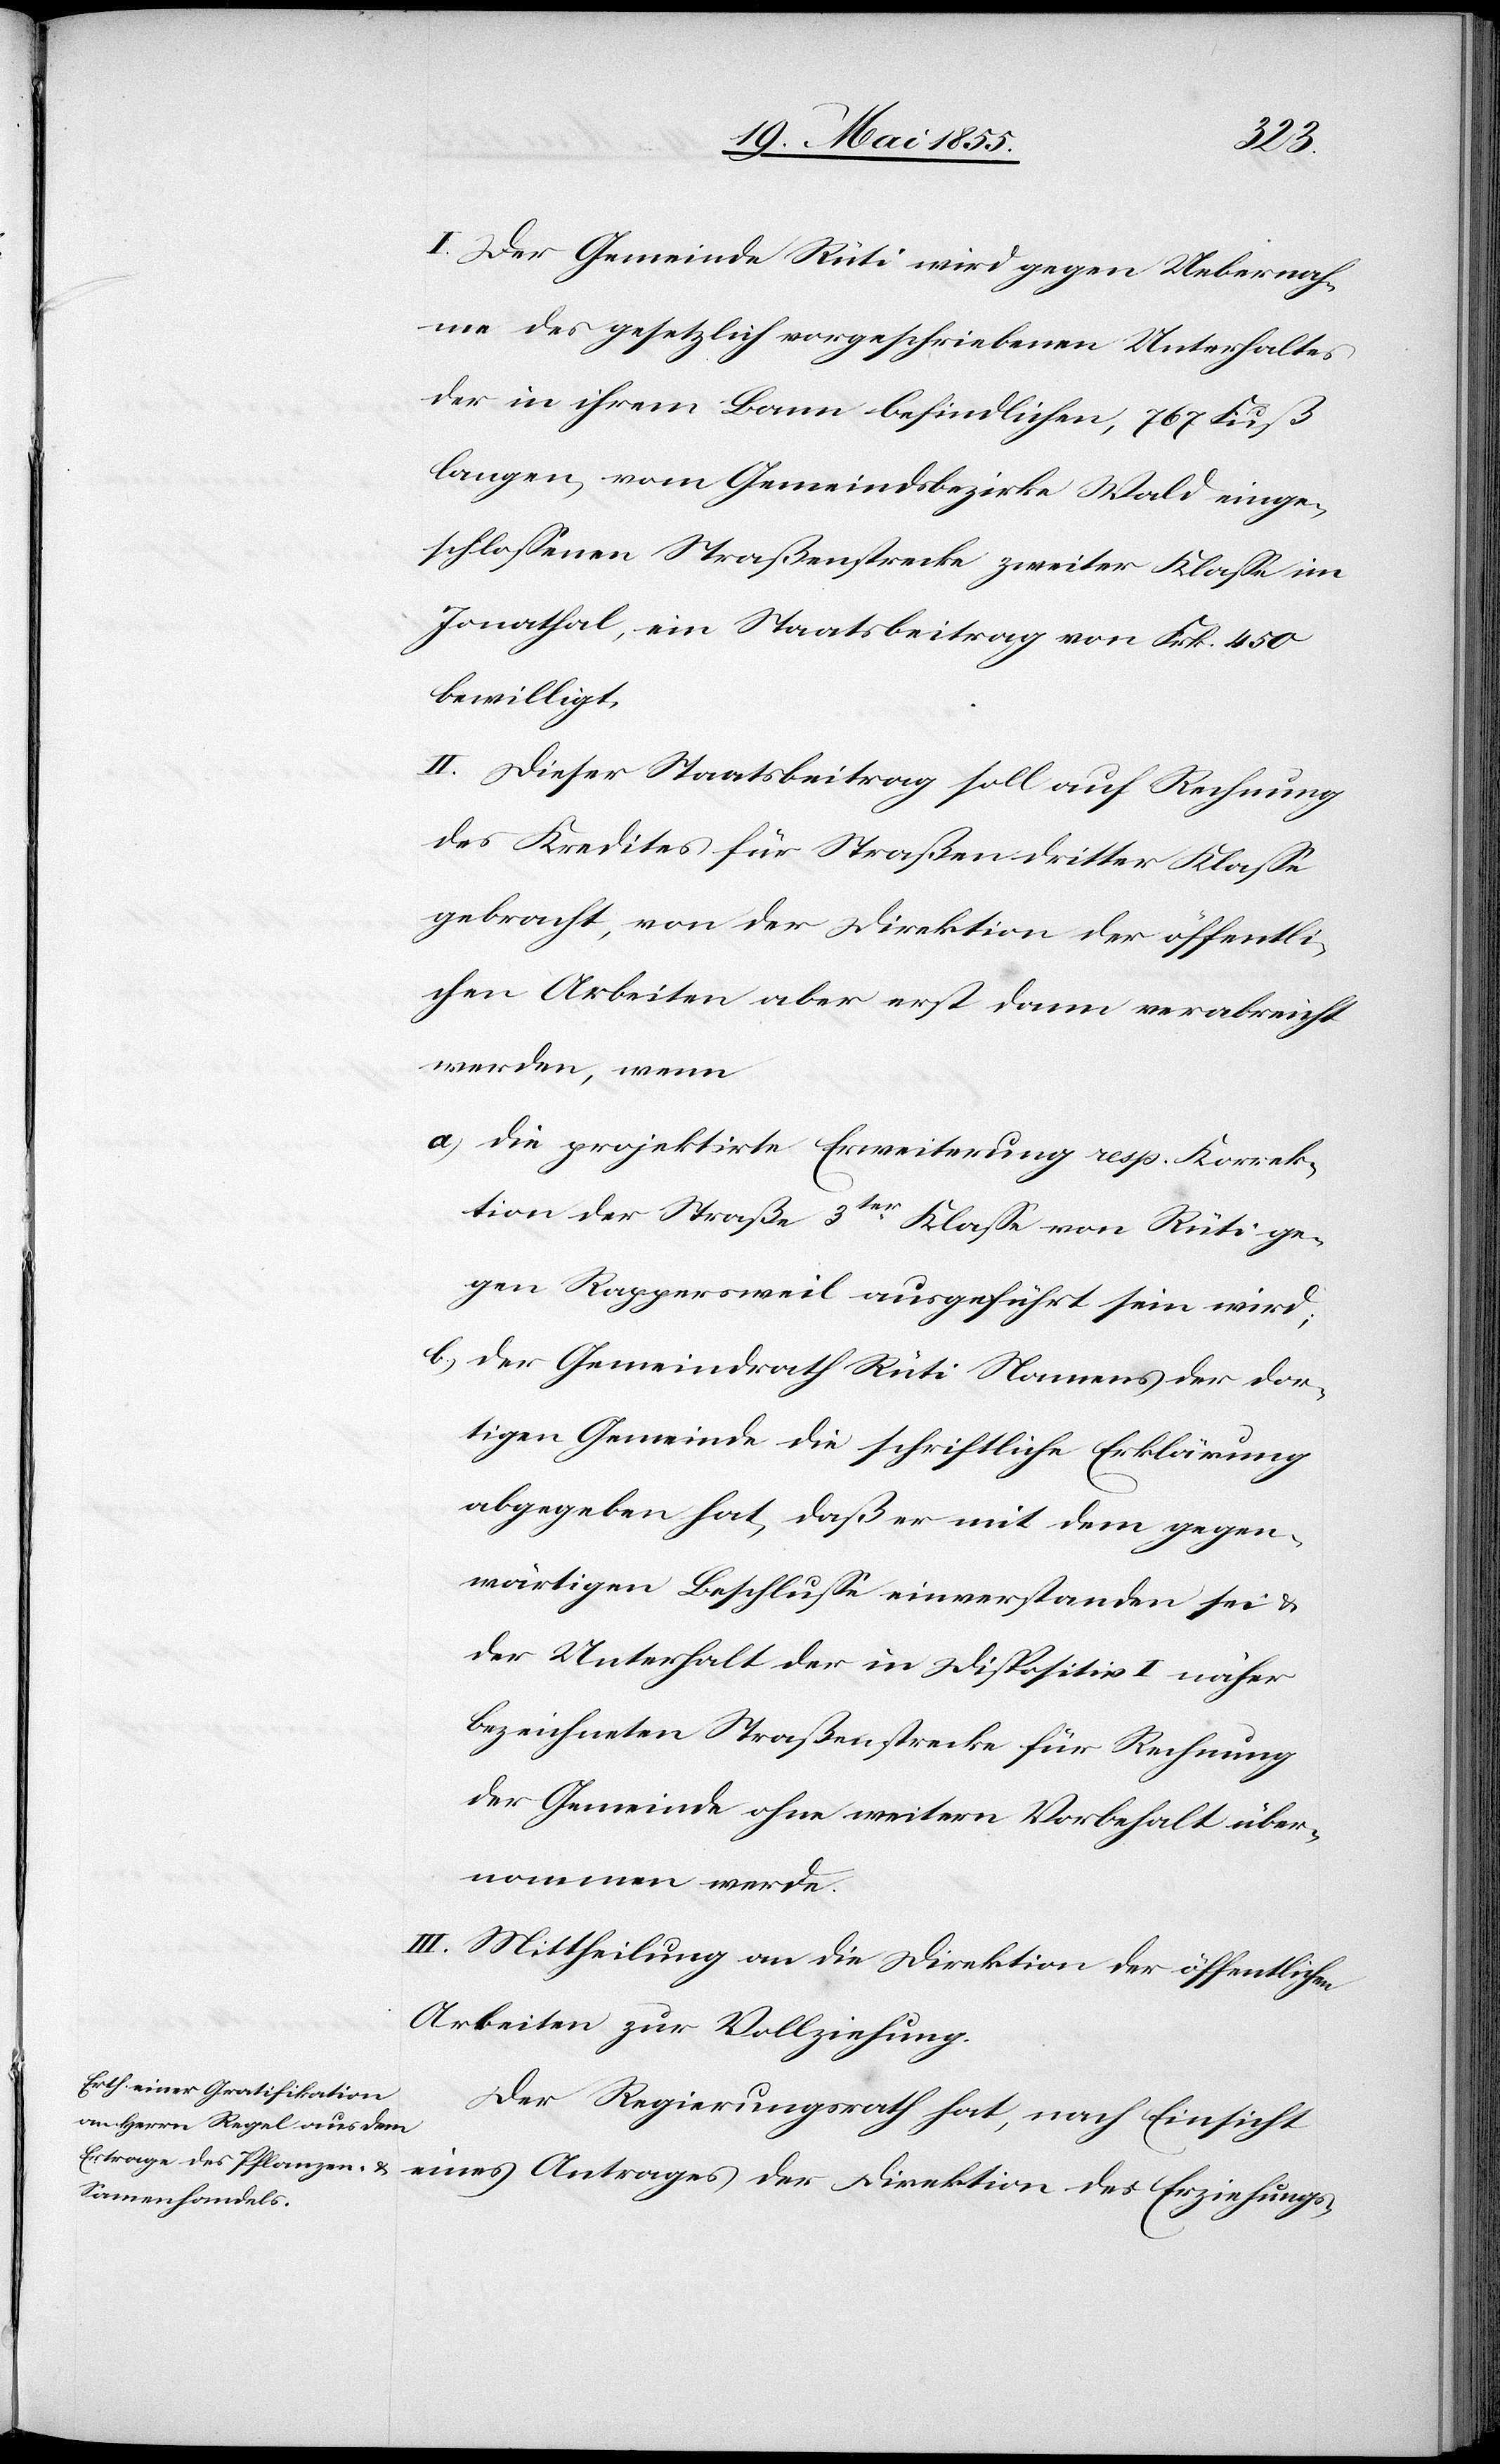
I. Der Gemeinde Rüti wird gegen Uebernah¬
me des gesetzlich vorgeschriebenen Unterhaltes
der in ihrem Bann befindlichen, 767 Fuß
langen, vom Gemeindsbezirke Wald einge¬
schlossenen Straßenstrecke zweiter Klasse im
Jonathal, ein Staatsbeitrag von Frk. 450
bewilligt.
II. Dieser Staatsbeitrag soll auf Rechnung
des Kredites für Straßen dritter Klasse
gebracht, von der Direktion der öffentli¬
chen Arbeiten aber erst dann verabreicht
werden, wenn
die projektirte Erweiterung resp. Korrek¬
tion der Straße 3ter Klasse von Rüti ge¬
gen Rappersweil ausgeführt sein wird;
der Gemeindrath Rüti Namens der dor¬
tigen Gemeinde die schriftliche Erklärung
abgegeben hat, daß er mit dem gegen¬
wärtigen Beschlusse einverstanden sei &
der Unterhalt der in Dispositiv I näher
bezeichneten Straßenstrecke für Rechnung
der Gemeinde ohne weitern Vorbehalt über¬
nommen werde.
III. Mittheilung an die Direktion der öffentlichen
Arbeiten zur Vollziehung.
Der Regierungsrath hat, nach Einsicht
eines Antrages der Direktion des Erziehungs-